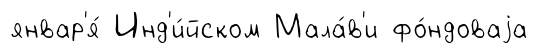
январ'я́ Инд'и́йском Мала́в'и фо́ндоваjа